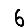
Digit: 6